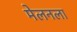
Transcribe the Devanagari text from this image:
मेलनला